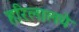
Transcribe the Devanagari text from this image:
हरिलालचे